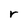
Character: r